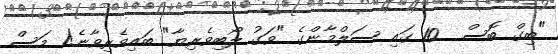
"ބިގް ބޮސް  10 ގައި ސަލްމާންގެ "ވަގު ލޯބިވެރިޔާ" ބައިވެރިވާނެ!1 މަސް